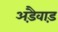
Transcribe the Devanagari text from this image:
अड़ैवाड़